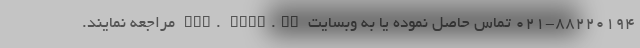
021-88220194 تماس حاصل نموده یا به وبسایت www. fmtm.ir مراجعه نمایند.